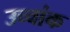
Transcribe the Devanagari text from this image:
उच्‍चांक